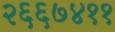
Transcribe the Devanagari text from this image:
२६६७४११